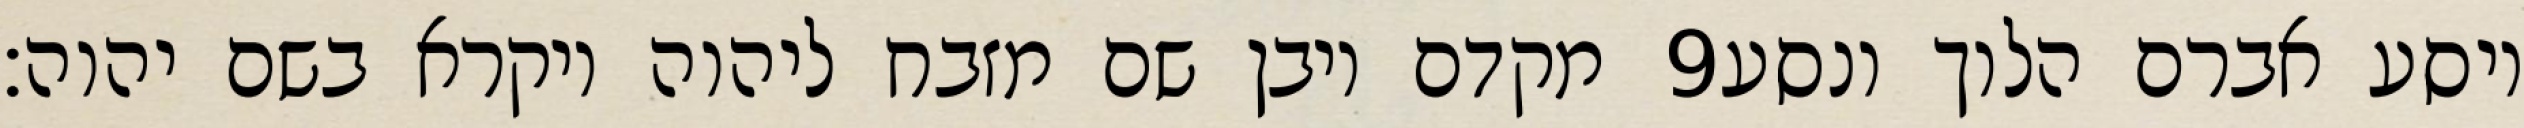
מקדם ויבן שם מזבח ליהוה ויקרא בשם יהוה׃ ‎9‏ ויסע אברם הלוך ונסע